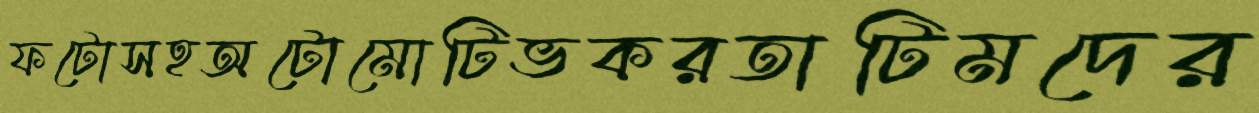
ফটোসহঅটোমোটিভকরতাটিমদের